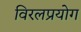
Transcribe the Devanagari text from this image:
विरलप्रयोग